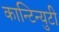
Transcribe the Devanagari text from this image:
कान्टिन्युटी